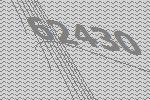
62430